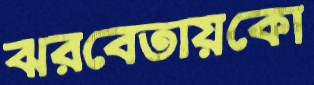
ঝরবেতায়কো